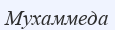
Мухаммеда